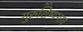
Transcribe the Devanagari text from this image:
गुरुशिष्यभाव